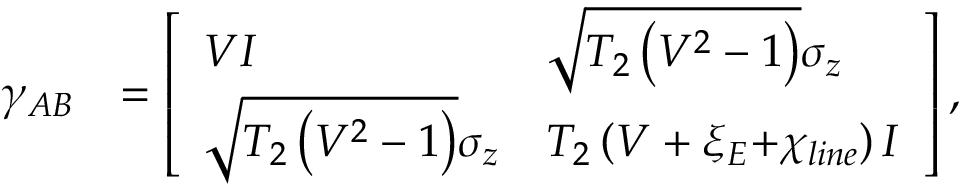
\begin{array} { r l } { { { \gamma } _ { A B } } } & { = \left[ \begin{array} { l l } { V { I } } & { \sqrt { { { T } _ { 2 } } \left( { { V } ^ { 2 } } - 1 \right) } { { \sigma } _ { z } } } \\ { \sqrt { { { T } _ { 2 } } \left( { { V } ^ { 2 } } - 1 \right) } { { \sigma } _ { z } } } & { { { T } _ { 2 } } \left( V + { { \xi } _ { E } } \mathrm { + } { { \chi } _ { l i n e } } \right) { I } } \end{array} \right] , } \end{array}